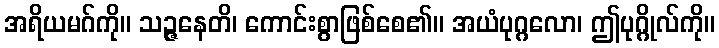
အရိယမဂ်ကို။ သဉ္ဇနေတိ၊ ကောင်းစွာဖြစ်စေ၏။ အယံပုဂ္ဂလော၊ ဤပုဂ္ဂိုလ်ကို။